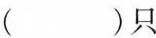
（）只